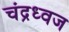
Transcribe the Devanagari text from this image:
चंद्रध्वज